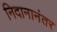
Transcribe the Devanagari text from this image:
निदानानंतर